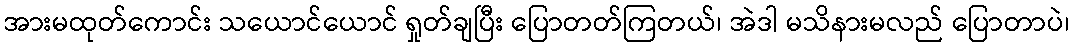
အားမထုတ်ကောင်း သယောင်ယောင် ရှုတ်ချပြီး ပြောတတ်ကြတယ်၊ အဲဒါ မသိနားမလည် ပြောတာပဲ၊